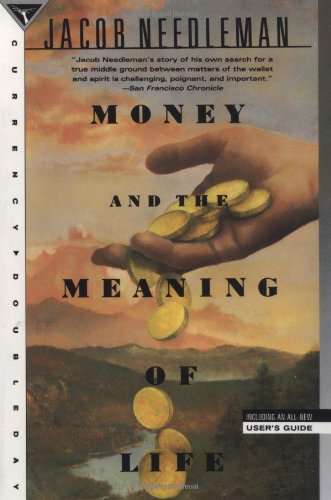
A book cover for Money and the Meaning of Life; Jacob Needleman; Religion & Spirituality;